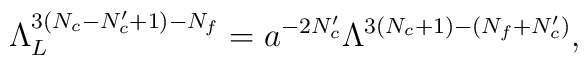
\Lambda_L^{3(N_c-N_c'+1)-N_f}=a^{-2N_c'}\Lambda^{3(N_c+1)-(N_f+N_c')},